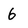
Character: 6